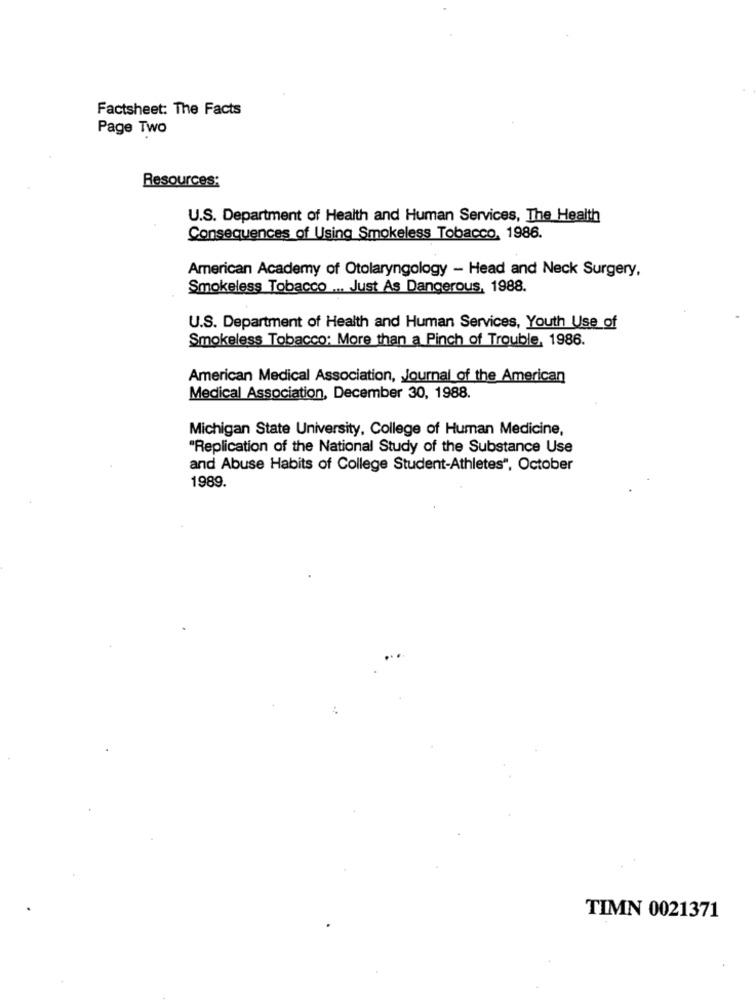
Factsheet: The Facts
Page Two
Resources:
U.S. Department of Health and Human Services, The Health
Consequences of Using Smokeless Tobacco, 1986.
American Academy of Otolaryngology - Head and Neck Surgery,
Smokeless Tobacco ... Just As Dangerous, 1988.
U.S. Department of Health and Human Services, Youth Use of
Smokeless Tobacco: More than a Pinch of Trouble, 1986.
American Medical Association, Journal of the American
Medical Association, December 30, 1988.
Michigan State University, College of Human Medicine,
"Replication of the National Study of the Substance Use
and Abuse Habits of College Student-Athletes", October
1989.
TIMN 0021371